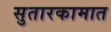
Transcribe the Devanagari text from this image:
सुतारकामात